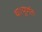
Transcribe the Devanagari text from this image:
था।पूर्णतः